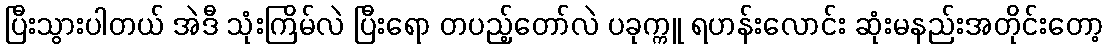
ပြီးသွားပါတယ် အဲဒီ သုံးကြိမ်လဲ ပြီးရော တပည့်တော်လဲ ပခုက္ကူ ရဟန်းလောင်း ဆုံးမနည်းအတိုင်းတော့